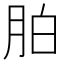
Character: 胉